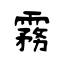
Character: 霧